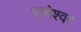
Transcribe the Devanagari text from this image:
रामेश्वर